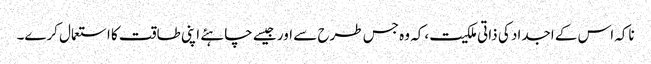
ناکہ اس کے اجداد کی ذاتی ملکیت ،کہ وہ جس طرح سے اور جیسے چاہئے اپنی طاقت کا استعمال کرے۔